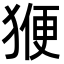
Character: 𭸝